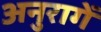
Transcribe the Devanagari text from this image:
अनुरागें